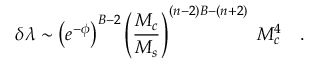
\delta \lambda \sim \left( e ^ { - \phi } \right) ^ { B - 2 } \left( { \frac { M _ { c } } { M _ { s } } } \right) ^ { ( n - 2 ) B - ( n + 2 ) } \; M _ { c } ^ { 4 } \quad .